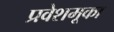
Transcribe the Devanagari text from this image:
प्रवेशमूका